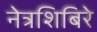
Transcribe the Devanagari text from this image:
नेत्रशिबिरे